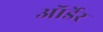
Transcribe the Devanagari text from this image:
ऑर्डेर